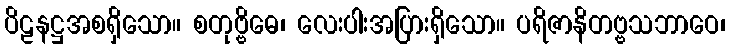
ပိဠနဋ္ဌအစရှိသော။ စတုဗ္ဗိဓေ၊ လေးပါးအပြားရှိသော။ ပရိဇာနိတဗ္ဗသဘာဝေ၊